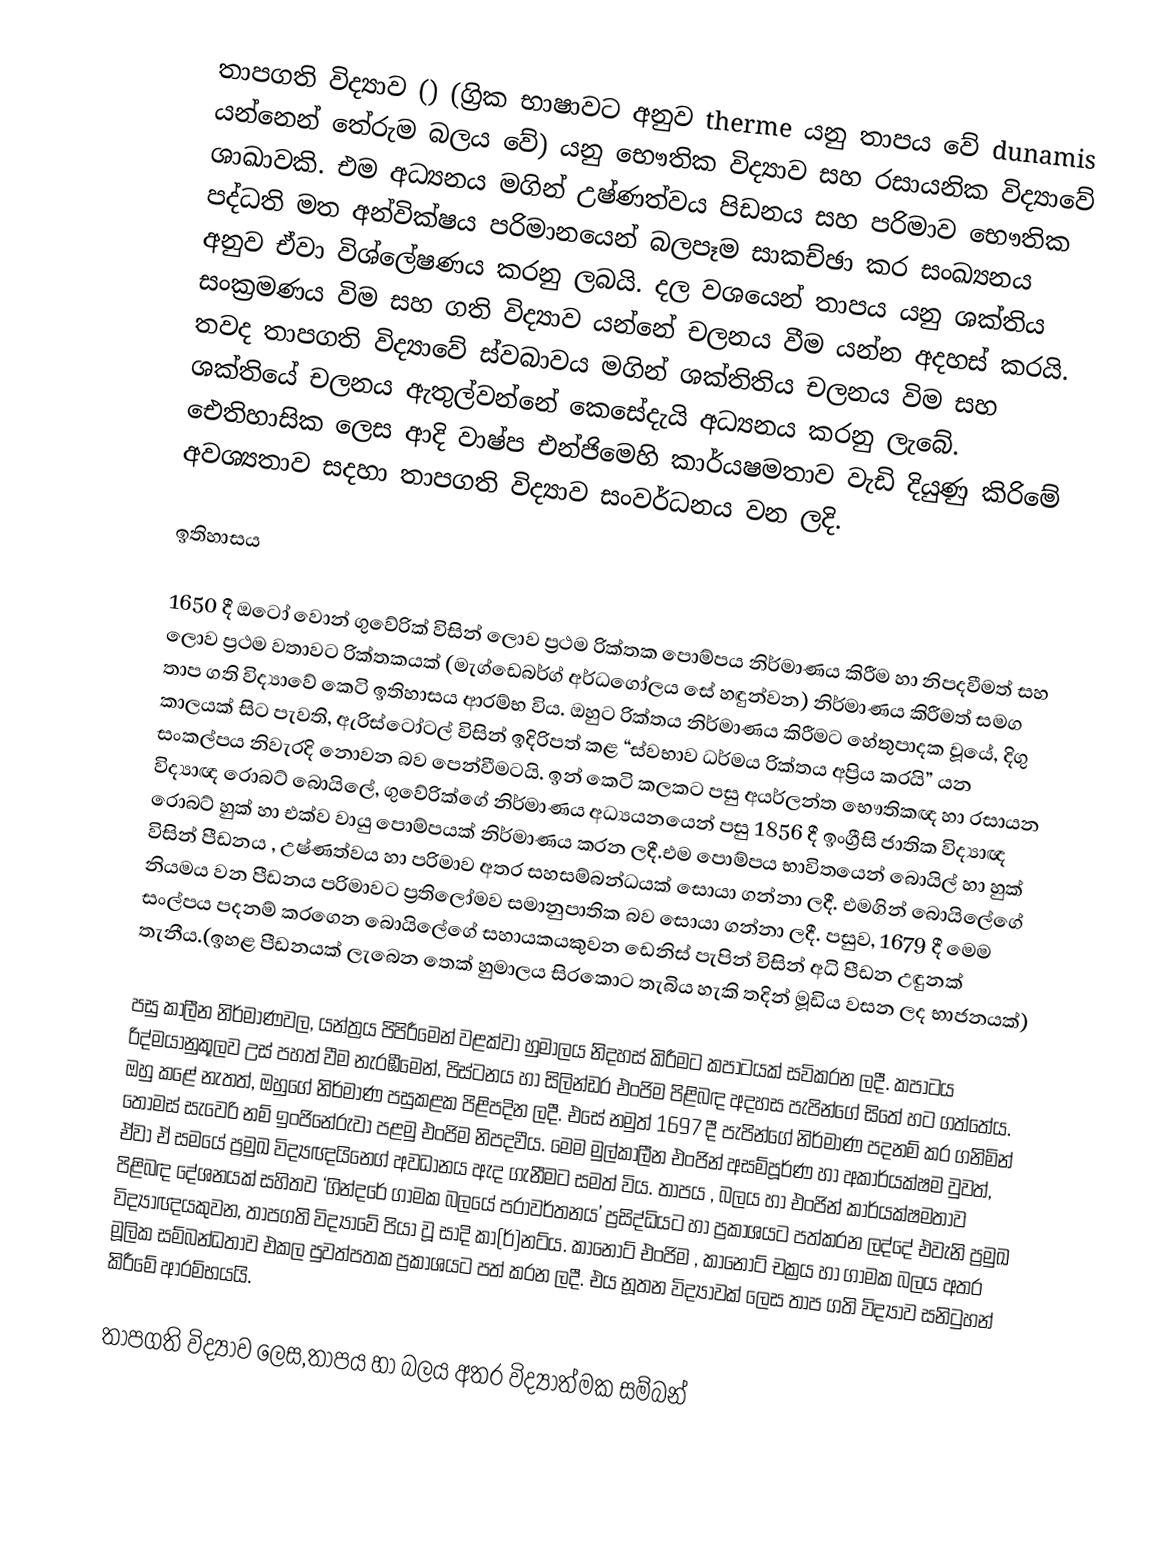
තාපගති විද්‍යාව () (ග්‍රික භාෂාවට අනුව therme යනු තාපය වේ dunamis යන්නෙන් තේරුම බලය වේ) යනු භෞතික විද්‍යාව සහ රසායනික විද්‍යාවේ ශාඛාවකි. එම අධ්‍යනය මගින් උෂ්ණත්වය පිඩනය සහ පරිමාව භෞතික පද්ධති මත අන්වික්ෂය පරිමානයෙන් බලපෑම සාකච්ඡා කර සංඛ්‍යනය අනුව ඒවා විශ්ලේෂණය කරනු ලබයි. දල වශයෙන් තාපය යනු ශක්තිය සංක්‍රමණය විම සහ ගති විද්‍යාව යන්නේ චලනය වීම යන්න අදහස් කරයි. තවද තාපගති විද්‍යාවේ ස්වබාවය මගින් ශක්තිතිය චලනය විම සහ ශක්තියේ චලනය ඇතුල්වන්නේ කෙසේදැයි අධ්‍යනය කරනු ලැබේ. ඓතිහාසික ලෙස ආදි වාෂ්ප එන්ජි‍මෙහි කාර්යෂමතාව වැඩි දියුණු කිරිමේ අවශ්‍යතාව සදහා තාපගති විද්‍යාව සංවර්ධනය වන ලදි.

ඉතිහාසය

1650 දී ඔටෝ වොන් ගුවේරික් විසින් ලොව ප්‍රථම රික්තක පොම්පය නිර්මාණය කිරීම හා නිපදවීමත් සහ ලොව ප්‍රථම වතාවට රික්තකයක් (මැග්ඩෙබර්ග් අර්ධගෝලය සේ හඳුන්වන)   නිර්මාණය කිරීමත් සමග තාප ගති විද්‍යාවේ කෙටි ඉතිහාසය ආරම්භ විය. ඔහුට රික්තය නිර්මාණය කිරීමට හේතුපාදක වූයේ, දිගු කාලයක් සිට පැවති, ඇරිස්ටෝටල් විසින් ඉදිරිපත් කළ “ස්වභාව ධර්මය රික්තය අප්‍රිය කරයි” යන සංකල්පය නිවැරදි නොවන බව පෙන්වීමටයි. ඉන් කෙටි කලකට පසු අයර්ලන්ත භෞතිකඥ හා රසායන විද්‍යාඥ රොබට් බොයිලේ, ගුවේරික්ගේ නිර්මාණය අධ්‍යයනයෙන් පසු 1856 දී ඉංග්‍රීසි ජාතික විද්‍යාඥ රොබට් හුක් හා එක්ව වායු  පොම්පයක් නිර්මාණය කරන ලදී.එම පොම්පය භාවිතයෙන් බොයිල් හා හුක් විසින් පීඩනය , උෂ්ණත්වය හා පරිමාව අතර සහසම්බන්ධයක් සොයා ගන්නා ලදී. එමගින් බොයිලේගේ නියමය වන පීඩනය පරිමාවට ප්‍රතිලෝමව සමානුපාතික බව සොයා ගන්නා ලදී. පසුව, 1679 දී මෙම සංල්පය පදනම් කරගෙන බොයිලේගේ සහායකයකුවන ඩෙනිස් පැපින් විසින් අධි පීඩන උඳුනක් තැනීය.(ඉහළ පීඩනයක් ලැබෙන තෙක් හුමාලය සිරකොට තැබිය හැකි තදින් මූඩිය වසන ලද භාජනයක්)

පසු කාලීන නිර්මාණවල, යන්ත්‍රය පිපිරීමෙන් වළක්වා හුමාලය නිදහස් කිරීමට කපාටයක් සවිකරන ලදී. කපාටය රිද්මයානුකූලව උස් පහත් වීම නැරඹීමෙන්, පිස්ටනය හා සිලින්ඩර එංජිම පිළිබඳ අදහස පැපින්ගේ සිතේ හට ගත්තේය. ඔහු කළේ නැතත්, ඔහුගේ නිර්මාණ පසුකළක පිළිපදින ලදී. එසේ නමුත් 1697 දී පැපින්ගේ නිර්මාණ පදනම් කර ගනිමින් තෝමස් සැවෙරි  නම් ඉංජිනේරුවා  පළමු  එංජිම නිපදවීය. මෙම මුල්කාලීන එංජින් අසම්පූර්ණ හා අකාර්යක්ෂම වුවත්, ඒවා ඒ සමයේ ප්‍රමුඛ විද්‍යඥයින‍්ගේ අවධානය ඇද ගැනීමට සමත් විය. තාපය , බලය හා එංජින් කාර්යක්ෂමතාව පිළිබඳ දේශනයක් සහිතව  ‘ගින්දරේ ගාමක බලයේ පරාවර්තනය’ ප්‍රසිද්ධියට හා ප්‍රකාශයට පත්කරන ලද්දේ එවැනි ප්‍රමුඛ විද්‍යාඥයකුවන, තාපගති විද්‍යාවේ පියා වූ සාදි කා(ර්)නට්ය. කානොට් එංජිම , කානොට් චක්‍රය හා ගාමක  බලය අතර මූලික සම්බන්ධතාව  එකල පුවත්පතක ප්‍රකාශයට පත් කරන ලදී. එය නූතන විද්‍යාවක් ලෙස තාප ගති විද්‍යාව සනිටුහන් කිරීමේ ආරම්භයයි.

තාපගති විද්‍යාව ලෙස,තාපය හා බලය අතර විද්‍යාත්මක සම්බන්